Leaving Certificate Examination, 1906
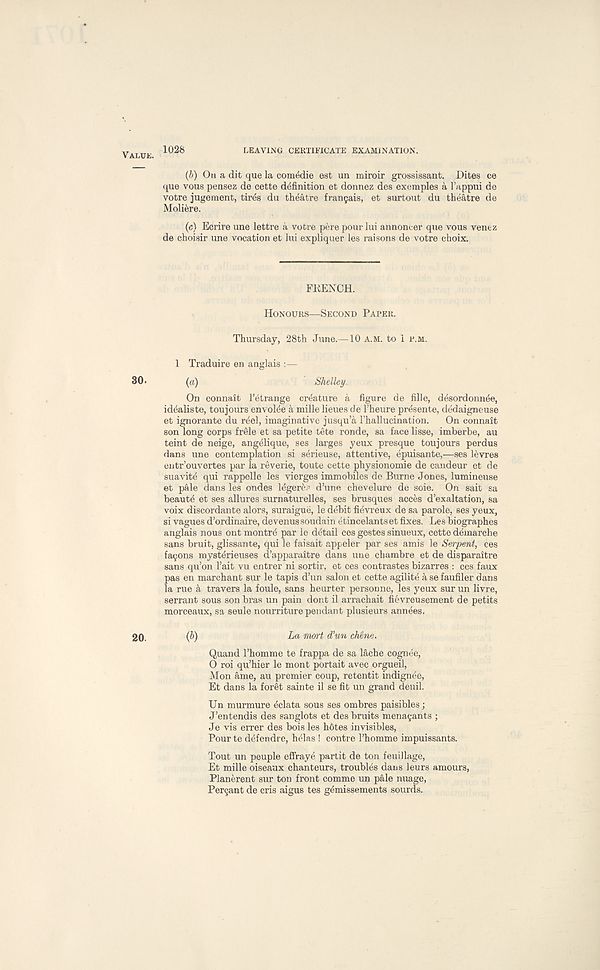
VALUE.
1028
LEAVING CERTIFICATE EXAMINATION.
(b) On a dit que la comedie est un miroir grossissant. Dites ce
que vous pensez de cette definition et donnez des exemples a I’appui de
votre jugement, tires du theatre fran9ais, et surtout du theatre de
Moliere.
(c) Ecrire une lettre a votre pere pour lui annoncer que vous venez
de choisir une vocation et lui expliquer les raisons de votre choix.
FRENCH.
HONOURS—SECOND PAPER.
Thursday, 28th June.—10 A.M. to i P.M.
1 Traduire en anglais :—
30.
(a)
' Shelley.
On connait 1’etrange creature a figure de fille, desordonn^e,
idealiste, toujours envol^e a mille lieues de 1’heure presente, dedaigneuse
et ignorante du reel, imaginative jusqu’a Fhallucination.
On connait
son long corps frlle et sa petite tete ronde, sa face lisse, imberbe, au
teint de neige, angelique, ses larges yeux presque toujours perdus
dans une contemplation si serieuse, attentive, epuisante,—ses levres
entr’ouvertes par la reverie, toute cette physionomie de candeur et de
suavity qui rappelle les vierges immobiles de Burne Jones, lumineuse
et pale dans les ondes Itigere.’ d’une chevelure de soie. On sait sa
beauts et ses allures surnaturelles, ses brusques acces d’exaltation, sa
voix discordante alors, suraigue, le debit fievreux de sa parole, ses yeux,
si vagues d’ordinaire, devenus soudain etincelants et fixes. Les biographes
anglais nous ont montre par le detail ces gestes sinueux, cette demarche
sans bruit, glissante, qui le faisait appeler par ses amis le Serpent, ces
famous mysterieuses d’apparaitre dans une chambre et de disparaitre
sans qu’on 1’ait vu entrer ni sortir, et ces contrastes bizarres : ces faux
pas en marchant sur le tapis d’un salon et cette agilite a se faufiler dans
la rue h travers la foule, sans heurter personne, les yeux sur un livre,
serrant sous son bras un pain dont il arrachait fievreusement de petits
morceaux, sa seule nourriture pendant plusieurs annees.
20.
(b)
La mart d’un chene.
Quand 1’homme te frappa de sa lache cognee,
0 roi qu’hier le mont portait avec orgueil,
Mon ame, au premier coup, retentit indignee,
Et dans la foret sainte il se fit un grand deuil.
Un murmure eclata sous ses ombres paisibles;
J’entendis des sanglots et des bruits menayants ;
Je vis errer des bois les holes invisibles,
Pour te defendre, helas ! contre 1’homme impuissants.
Tout un peuple effraye partit de ton feuillage,
Et mille oiseaux chanteurs, troubles dans leurs amours,
Planerent sur ton front comme un pale nuage,
Pergant de cris aigus tes gemissements sourds.